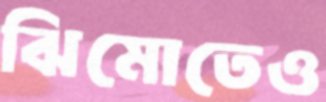
ঝিমোতেও